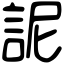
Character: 䛏